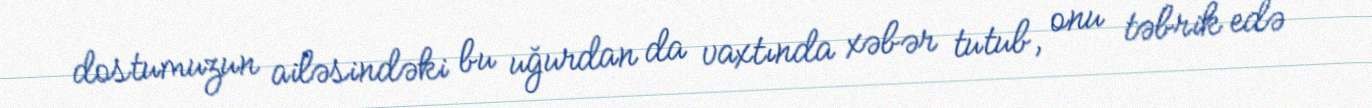
dostumuzun ailəsindəki bu uğurdan da vaxtında xəbər tutub, onu təbrik edə